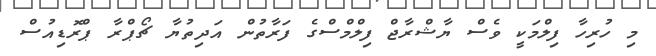
މި ހުރިހާ ފިލްމަކީ ވެސް ޔާޝްރާޖް ފިލްމްސްގެ ފަރާތުން އަދިތުޔާ ޗޯޕްރާ ޕްރޮޑިއުސް